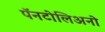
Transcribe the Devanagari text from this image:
पॅनटोलिअनो